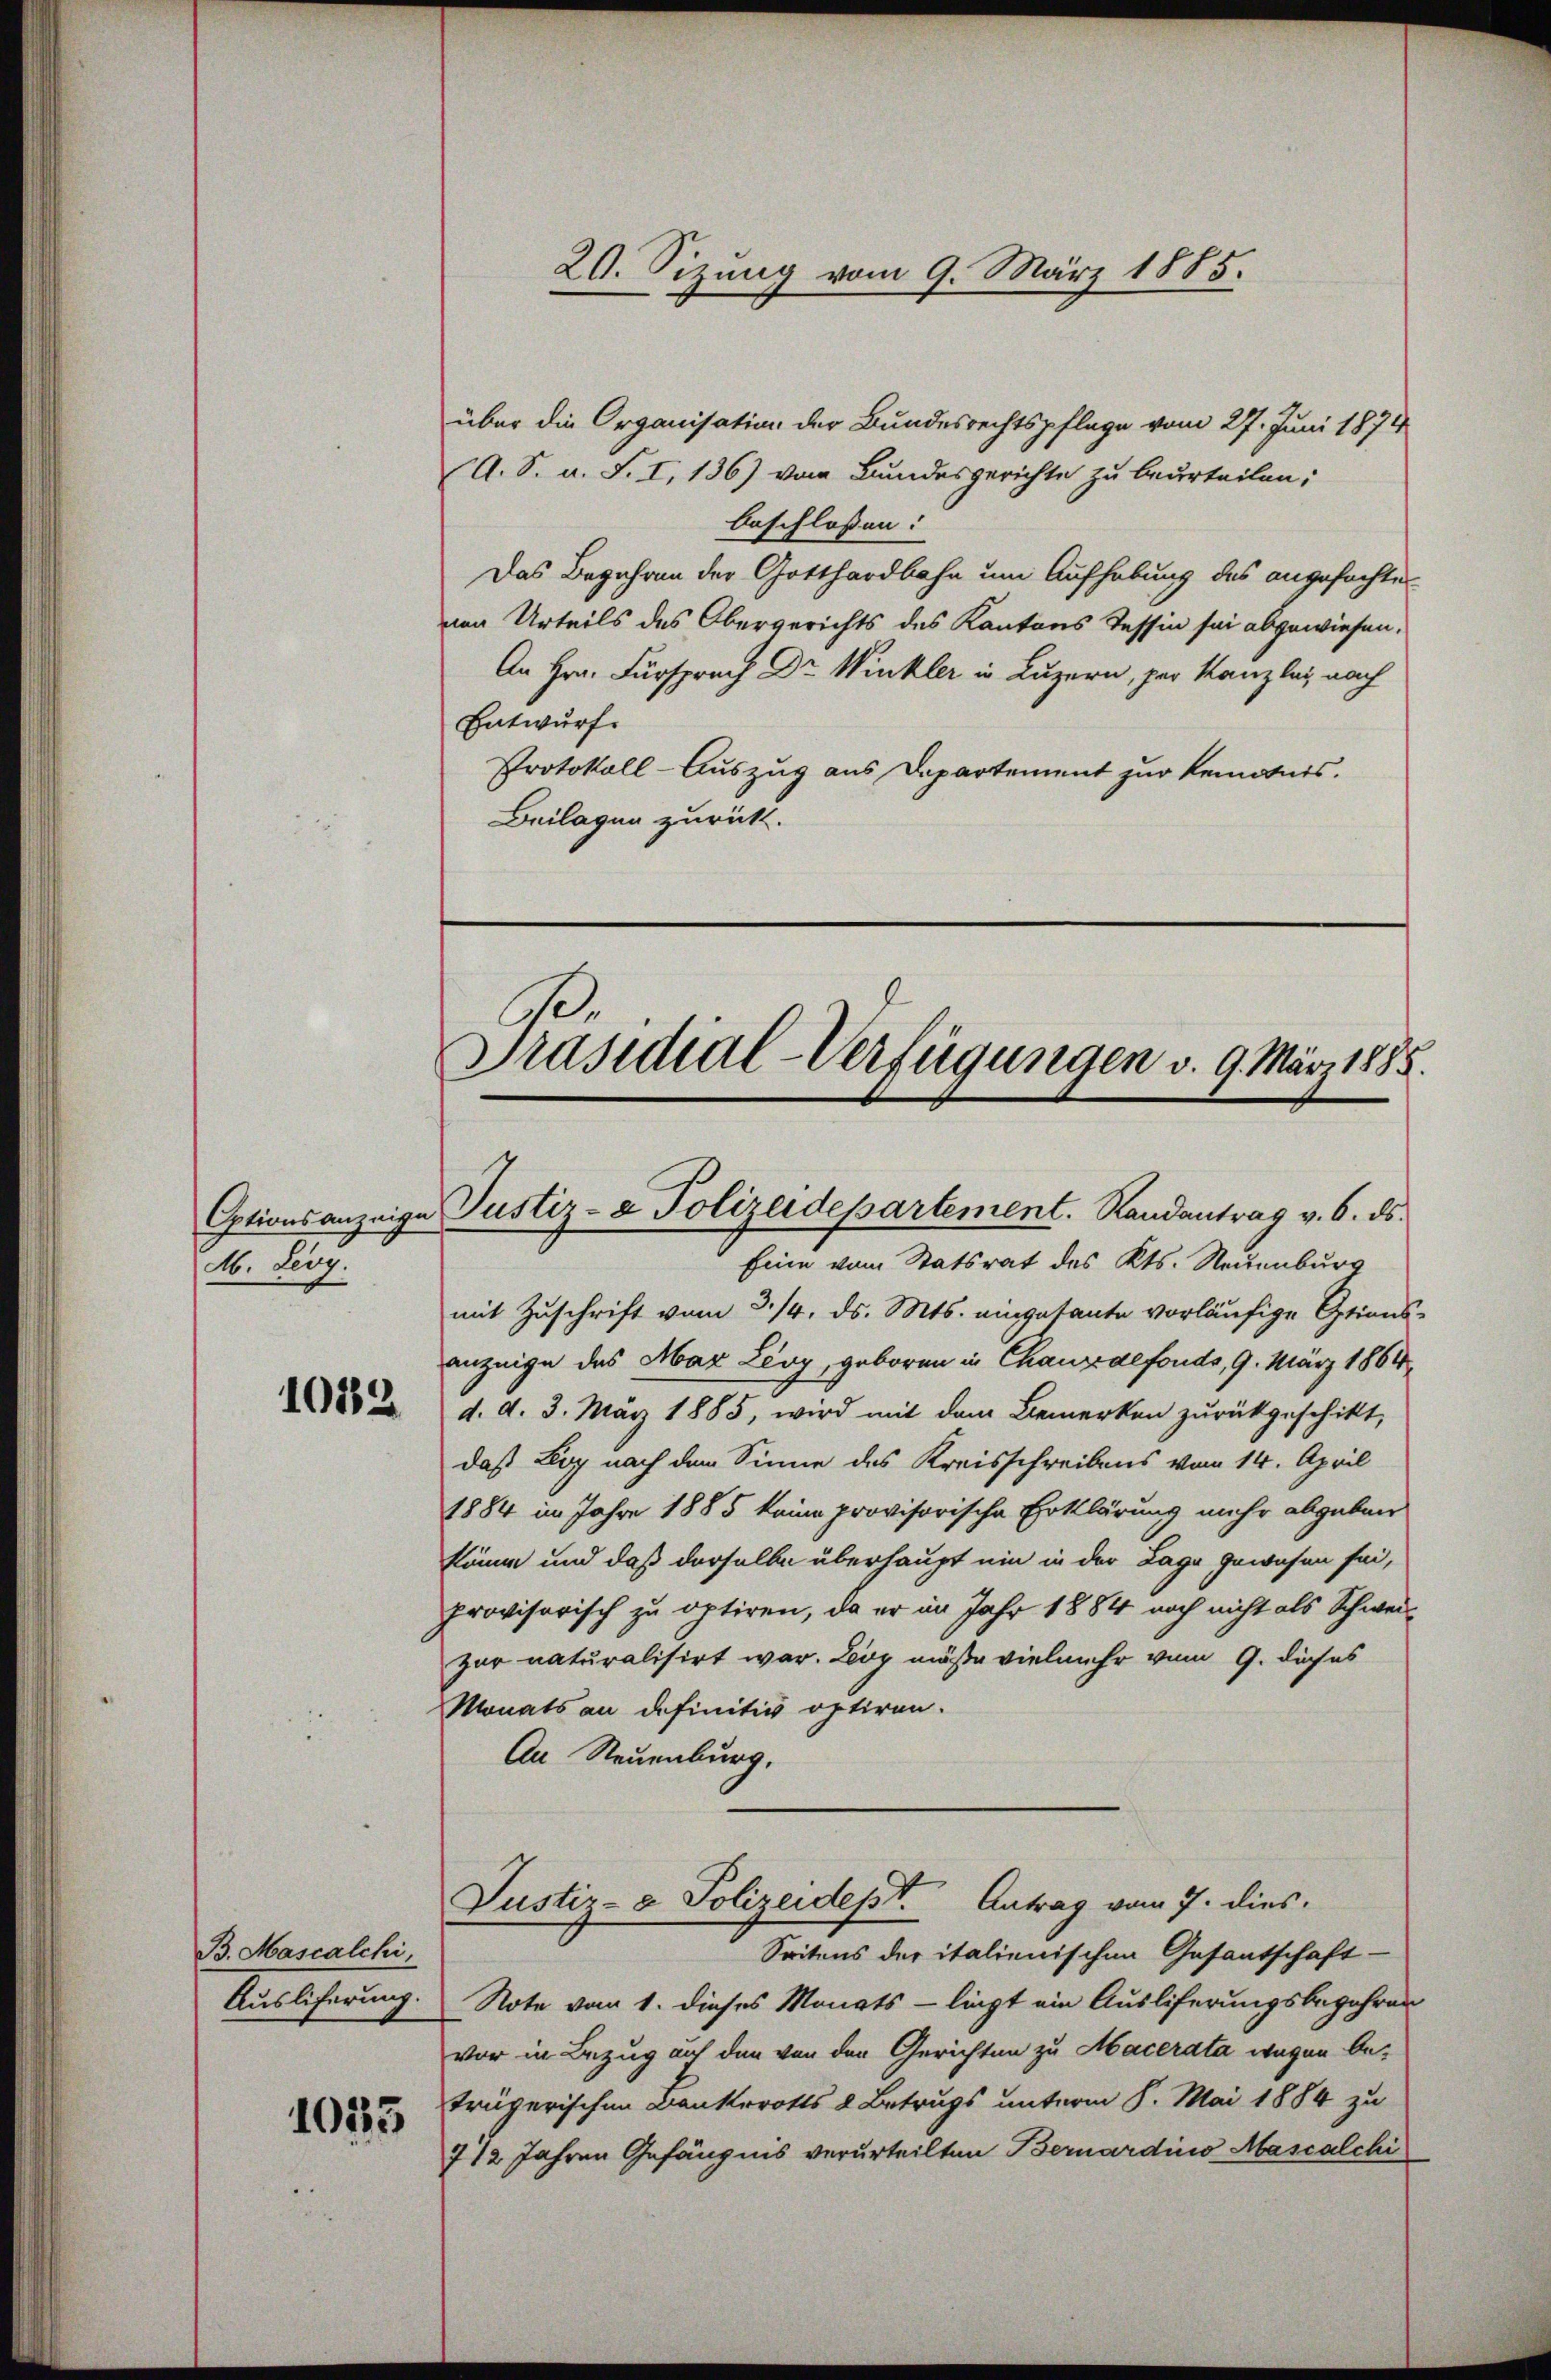
M. Leoy.

1082

B. Mascalchi,
Auslicherung.

1035

über die Organisation der Bundesrechtspflege vom 27. Juni 1874
(A. S. a. S. I, 136) vom Bundesgerichte zu beurteilen;
beschlossen:
Das Begehren der Gotthardbahn um Aufhebung des angefochte
nen Urteils des Obergerichts des Kantons Tessin sei abgewiesen.
An Hrn. Fürsprach Dr Winkler in Luzern, par Kanzley nach
Entwurf.
Protokoll-Auszug aus Departement zur Kenntnis.
Beilagen zurückt.

20. Sizung vom 9. März 1885.

Präsidial-Verfügungen v. 9. März 1885.
Optionsanzeige Justiz- & Polizeidepartement. Randantrag v. 6. ds.

Eine vom Statsrat des Kts. Neuenburg
mit Zuschrift vom 3./4. ds. Mts. eingetante vorläufige Options-
anzeige das Max Lioy, geboren in Chauxdefonds, 9. März 1864
d. d. 3. März 1885, wird mit dem Bemerken zurückgeschikt,
daß Ley nach dem Sinne des Kreisschreibens vom 14. April
1884 im Jahre 1885 keine provisorische Erklärung mehr abgeben
könne und daß derselbe überhaupt ein in der Lage gewesen sei,
provisorisch zu optiren, da er im Jahr 1884 noch nicht als Schweizar naturalisirt war. Leoy müße vielmehr vom 9. dies
Monats an definitiv optiren.
An Neuenburg,
Justiz- & Polizeidept. Antrag vom 7. dies
Seitens der italienischen Gesantschaft-
Note vom 1. dieses Monats - liegt ein Ausliferungsbegehren
vor in Bezug auf den von den Gerichten zu Macerata wegen beträgerischen Bankerotts 2 Betrugs unterm 8. Mai 1884 zu
712 Jahren Gefängnis verurteilten Bernardino Mascalchi